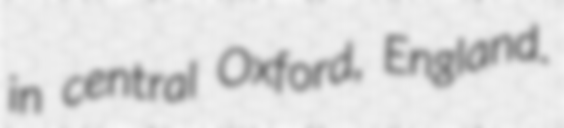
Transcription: in central Oxford, England.